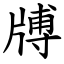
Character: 牔